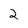
Character: 2